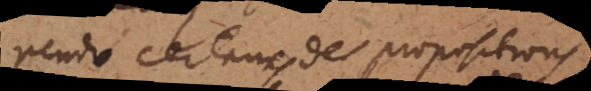
rendre certaines des propositions